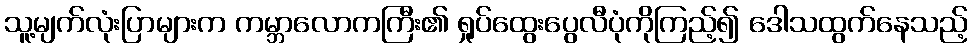
သူ့မျက်လုံးပြာများက ကမ္ဘာလောကကြီး၏ ရှုပ်ထွေးပွေလီပုံကိုကြည့်၍ ဒေါသထွက်နေသည့်